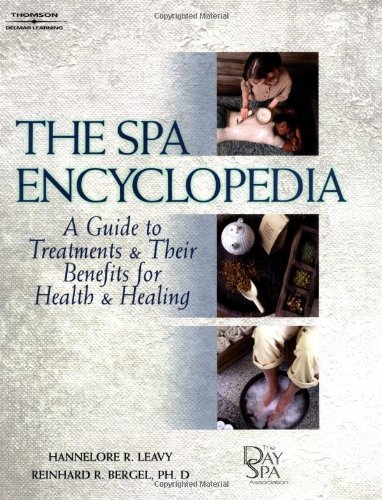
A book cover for The Spa Encyclopedia: A Guide to Treatments & Their Benefits for Health & Healing; Hannelore  R. Leavy; Travel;